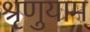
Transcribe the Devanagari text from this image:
श्रृणुयाम